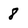
Character: 8